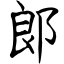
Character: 郞